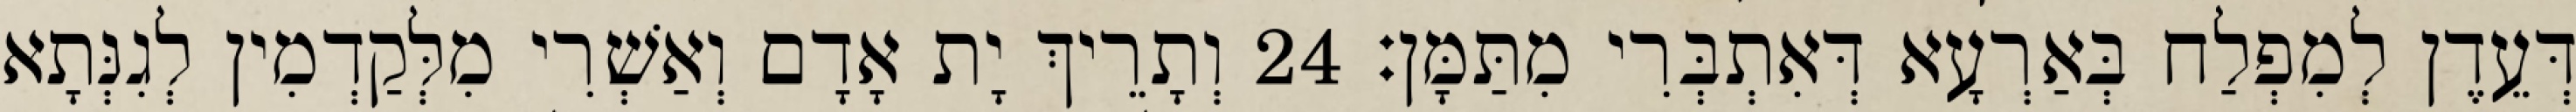
דְּעֵדֶן לְמִפְלַח בְּאַרְעָא דְּאִתְבְּרִי מִתַּמָּן׃ 24 וְתָרֵיךְ יָת אָדָם וְאַשְׁרִי מִלְּקַדְמִין לְגִנְּתָא